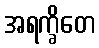
အရက္ခိတေ